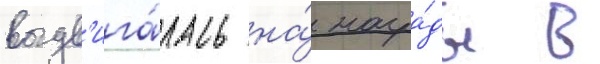
выдв'ига́лась на́ награ́ды в